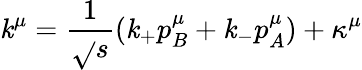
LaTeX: \mathit{k}^{\mu}={\frac{{1}}{{\sqrt{}{s}}}}(\mathit{k}_{+}p_{B}^{\mu}+\mathit{k}_{-}p_{A}^{\mu})+\kappa^{\mu}